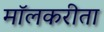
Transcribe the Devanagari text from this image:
मॉलकरीता